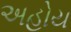
અહોય